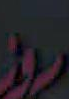
روز